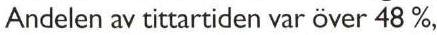
Andelen av tittartiden var över 48 %,